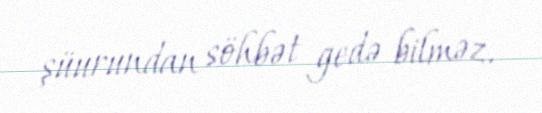
şüurundan söhbət gedə bilməz.